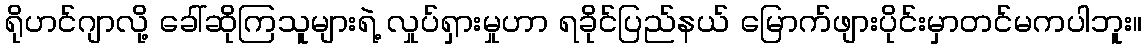
ရိုဟင်ဂျာလို့ ခေါ်ဆိုကြသူများရဲ့ လှုပ်ရှားမှုဟာ ရခိုင်ပြည်နယ် မြောက်ဖျားပိုင်းမှာတင်မကပါဘူး။